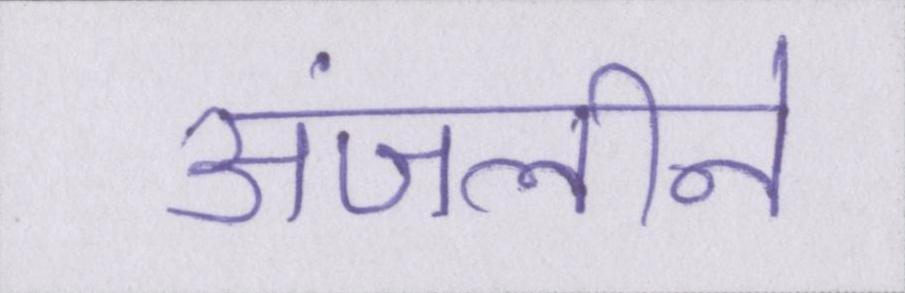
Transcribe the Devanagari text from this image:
अंजलीने